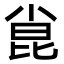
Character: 𫴾